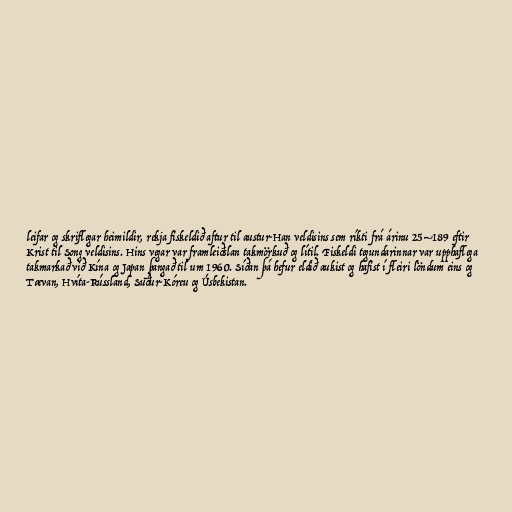
leifar og skriflegar heimildir, rekja fiskeldið aftur til austur-Han veldisins sem ríkti frá árinu 25–189 eftir
Krist til Song veldisins. Hins vegar var framleiðslan takmörkuð og lítil. Fiskeldi tegundarinnar var upphaflega
takmarkað við Kína og Japan þangað til um 1960. Síðan þá hefur eldið aukist og hafist í fleiri löndum eins og
Tævan, Hvíta-Rússland, Suður-Kóreu og Úsbekistan.